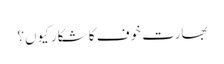
بھارت خوف کا شکار کیوں؟